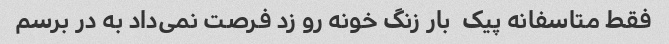
فقط متاسفانه پیک  بار زنگ خونه رو زد فرصت نمی‌داد به در برسم